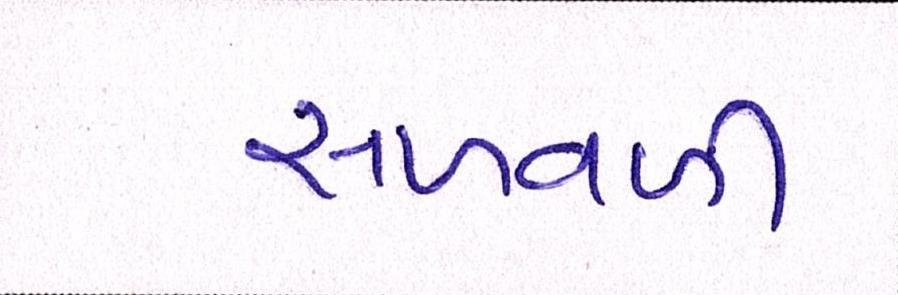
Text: સળવળી